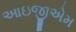
આઇજીએમ